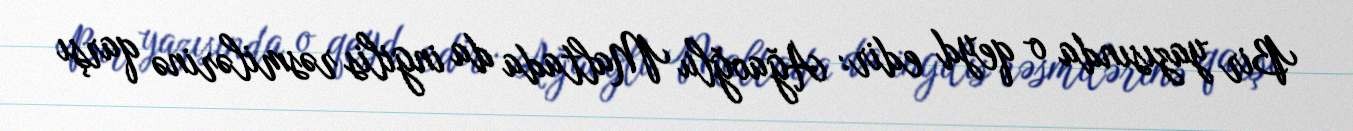
Bir yazısında o qeyd edir: Ağaoğlu Maltada da ingilis rəsmilərinə qarşı